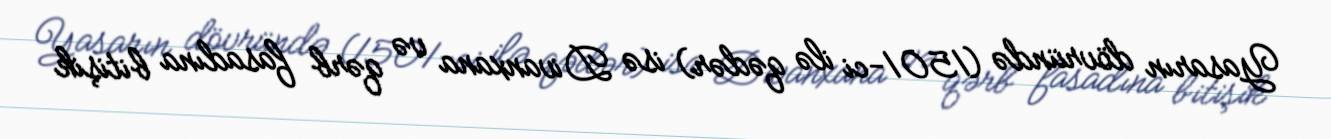
Yasarın dövründə (1501-ci ilə qədər) isə Divanxana və qərb fasadına bitişik